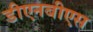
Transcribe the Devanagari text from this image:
डीएनबीएस